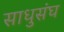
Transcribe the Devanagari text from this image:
साधुसंघ